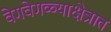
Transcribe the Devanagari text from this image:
वेगवेगळ्याक्षेत्रात